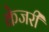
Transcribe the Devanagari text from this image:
केजरी